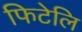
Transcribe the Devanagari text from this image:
फिटेलि